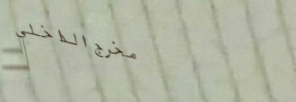
مخرج الداخلي